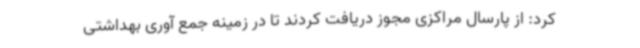
کرد: از پارسال مراکزی مجوز دریافت کردند تا در زمینه جمع آوری بهداشتی